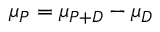
\mu _ { P } = \mu _ { P + D } - \mu _ { D }